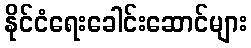
နိုင်ငံရေးခေါင်းဆောင်များ